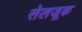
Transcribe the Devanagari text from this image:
सेलजूक